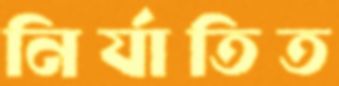
নির্যাতিত